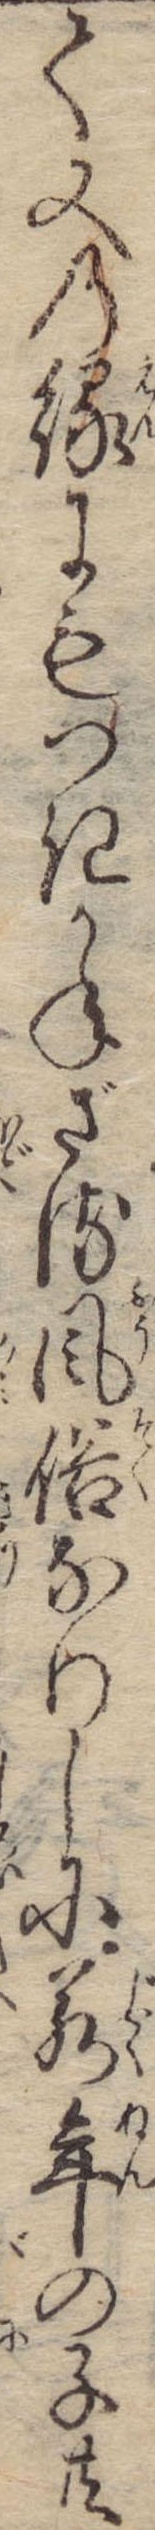
て又の縁にもつきかねざる風俗なりしに若年の子共